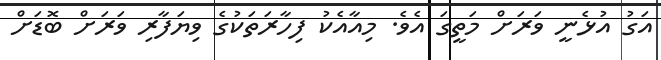
އަގު އުޅެނީ ވަރަށް މަތީގަ އެވެ. މިއާއެކު ފިހާރަތަކުގެ ވިޔަފާރި ވަރަށް ބޮޑަށް